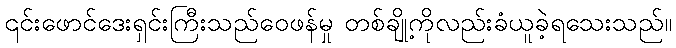
၎င်းဖောင်ဒေးရှင်းကြီးသည်ဝေဖန်မှု တစ်ချို့ကိုလည်းခံယူခဲ့ရသေးသည်။